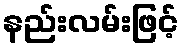
နည်းလမ်းဖြင့်